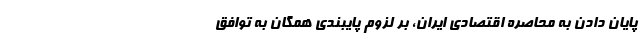
پایان دادن به محاصره اقتصادی ایران، بر لزوم پایبندی همگان به توافق